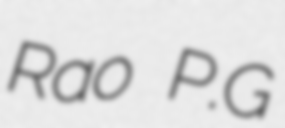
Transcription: Rao P.G